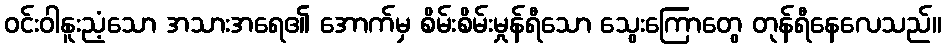
ဝင်းဝါနူးညံ့သော အသားအရေ၏ အောက်မှ စိမ်းစိမ်းမှုန်ရီသော သွေးကြောတွေ တုန်ရီနေလေသည်။